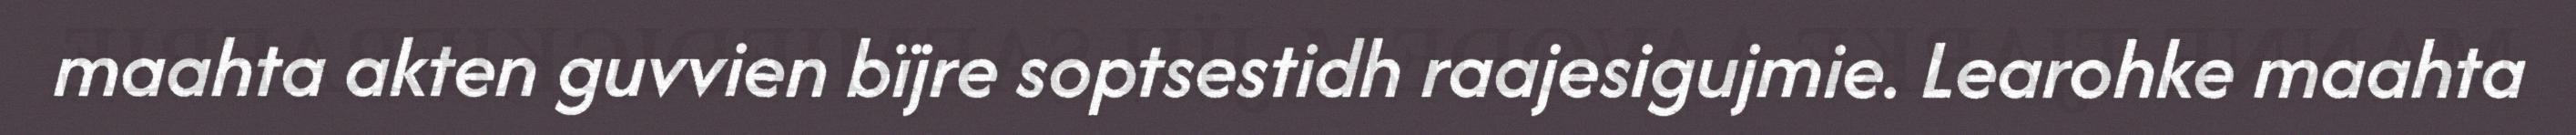
maahta akten guvvien bïjre soptsestidh raajesigujmie. Learohke maahta